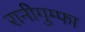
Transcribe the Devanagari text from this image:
रानीगुम्फा